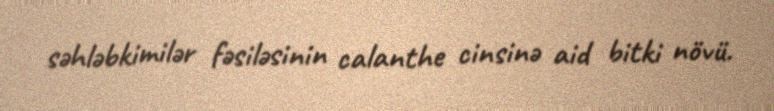
səhləbkimilər fəsiləsinin calanthe cinsinə aid bitki növü.